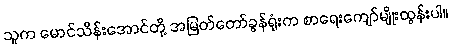
သူက မောင်သိန်းအောင်တို့ အမြတ်တော်ခွန်ရုံးက စာရေးကျော်မျိုးထွန်းပါ။